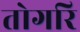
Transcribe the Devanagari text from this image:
तोगरि